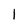
Character: 1